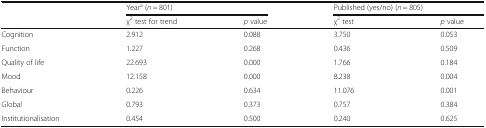
| <ROWSPAN=2>  | <COLSPAN=2> Yeara (n = 801) | <COLSPAN=2> Published (yes/no) (n = 805) |
 | χ2 test for trend | p value | χ2 test | p value |
 | --- | --- | --- | --- | --- |
 | Cognition | 2.912 | 0.088 | 3.750 | 0.053 |
 | Function | 1.227 | 0.268 | 0.436 | 0.509 |
 | Quality of life | 22.693 | 0.000 | 1.766 | 0.184 |
 | Mood | 12.158 | 0.000 | 8.238 | 0.004 |
 | Behaviour | 0.226 | 0.634 | 11.076 | 0.001 |
 | Global | 0.793 | 0.373 | 0.757 | 0.384 |
 | Institutionalisation | 0.454 | 0.500 | 0.240 | 0.625 |